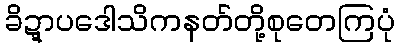
ခိဍ္ဋာပဒေါသိကနတ်တို့စုတေကြပုံ